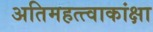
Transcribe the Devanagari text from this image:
अतिमहत्त्वाकांक्षा